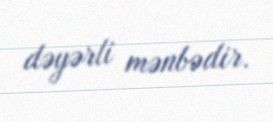
dəyərli mənbədir.